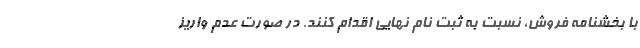
با بخشنامه فروش، نسبت به ثبت نام نهایی اقدام کنند. در صورت عدم واریز